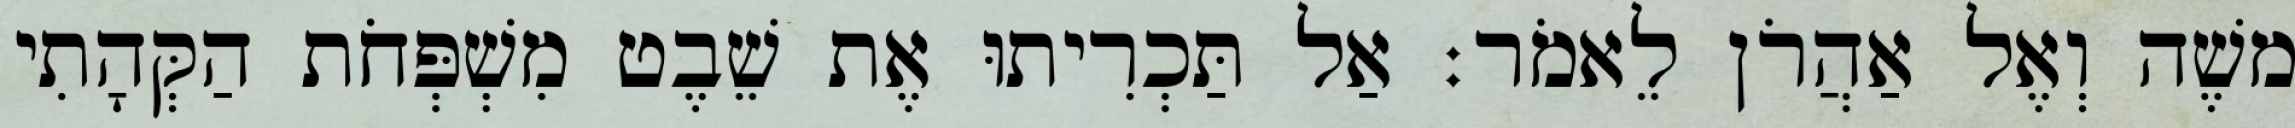
משֶׁה וְאֶל אַהֲרֹן לֵאמֹר׃ אַל תַּכְרִיתוּ אֶת שֵׁבֶט מִשְׁפְּחֹת הַקְּהָתִי